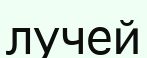
лучей